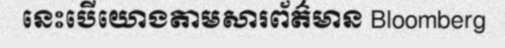
នេះបើយោងតាមសារព័ត៌មាន Bloomberg